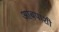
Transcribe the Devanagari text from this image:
आबपाशी